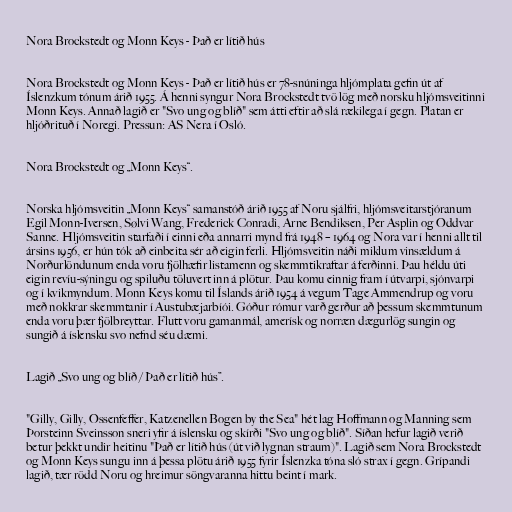
Nora Brockstedt og Monn Keys - Það er lítið hús

Nora Brockstedt og Monn Keys - Það er lítið hús er 78-snúninga hljómplata gefin út af
Íslenzkum tónum árið 1955. Á henni syngur Nora Brockstedt tvö lög með norsku hljómsveitinni
Monn Keys. Annað lagið er "Svo ung og blíð" sem átti eftir að slá rækilega í gegn. Platan er
hljóðrituð í Noregi. Pressun: AS Nera í Osló.

Nora Brockstedt og „Monn Keys“.

Norska hljómsveitin „Monn Keys“ samanstóð árið 1955 af Noru sjálfri, hljómsveitarstjóranum
Egil Monn-Iversen, Sølvi Wang, Frederick Conradi, Arne Bendiksen, Per Asplin og Oddvar
Sanne. Hljómsveitin starfaði í einni eða annarri mynd frá 1948 – 1964 og Nora var í henni allt til
ársins 1956, er hún tók að einbeita sér að eigin ferli. Hljómsveitin náði miklum vinsældum á
Norðurlöndunum enda voru fjölhæfir listamenn og skemmtikraftar á ferðinni. Þau héldu úti
eigin revíu-sýningu og spiluðu töluvert inn á plötur. Þau komu einnig fram í útvarpi, sjónvarpi
og í kvikmyndum. Monn Keys komu til Íslands árið 1954 á vegum Tage Ammendrup og voru
með nokkrar skemmtanir í Austubæjarbíói. Góður rómur varð gerður að þessum skemmtunum
enda voru þær fjölbreyttar. Flutt voru gamanmál, amerísk og norræn dægurlög sungin og
sungið á íslensku svo nefnd séu dæmi.

Lagið „Svo ung og blíð / Það er lítið hús”.

"Gilly, Gilly, Ossenfeffer, Katzenellen Bogen by the Sea" hét lag Hoffmann og Manning sem
Þorsteinn Sveinsson sneri yfir á íslensku og skírði "Svo ung og blíð". Síðan hefur lagið verið
betur þekkt undir heitinu "Það er lítið hús (út við lygnan straum)". Lagið sem Nora Brockstedt
og Monn Keys sungu inn á þessa plötu árið 1955 fyrir Íslenzka tóna sló strax í gegn. Grípandi
lagið, tær rödd Noru og hreimur söngvaranna hittu beint í mark.